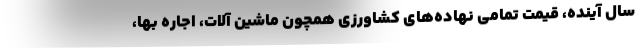
سال آینده، قیمت تمامی نهاده‌های کشاورزی همچون ماشین آلات، اجاره بها،